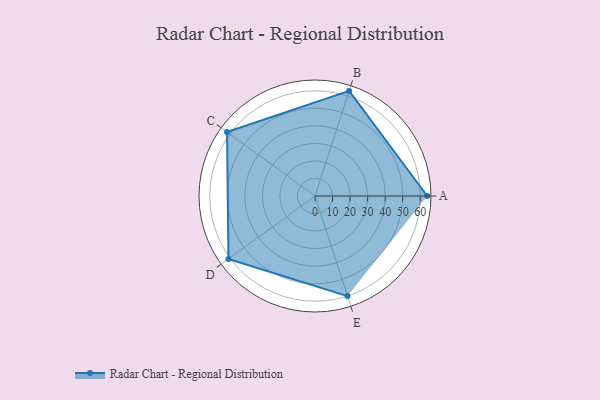
{"axis": {"x": "Skill", "y": "Score"}, "legend": ["Profile"], "data": [{"x": "A", "y": 64.0, "type": "Profile"}, {"x": "B", "y": 63.0, "type": "Profile"}, {"x": "C", "y": 62.0, "type": "Profile"}, {"x": "D", "y": 61.0, "type": "Profile"}, {"x": "E", "y": 60.0, "type": "Profile"}]}